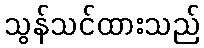
သွန်သင်ထားသည်